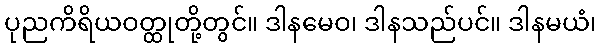
ပုညကိရိယဝတ္ထုတို့တွင်။ ဒါနမေဝ၊ ဒါနသည်ပင်။ ဒါနမယံ၊